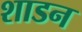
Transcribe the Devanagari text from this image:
शाडन